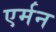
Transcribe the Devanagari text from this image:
एर्मन